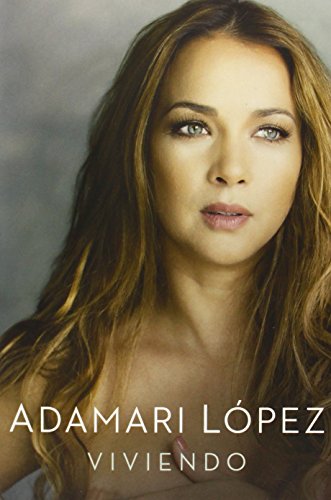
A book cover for Viviendo (Spanish Edition); Adamari Lopez; Health, Fitness & Dieting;